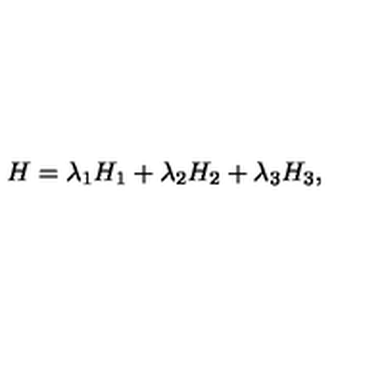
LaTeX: H = \lambda _ { 1 } H _ { 1 } + \lambda _ { 2 } H _ { 2 } + \lambda _ { 3 } H _ { 3 } ,